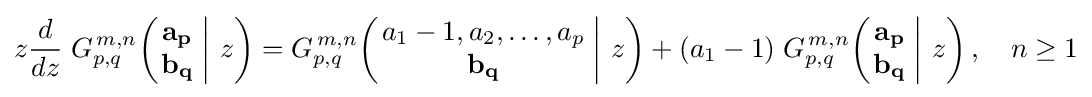
z{\frac {d}{dz}}\;G_{p,q}^{\,m,n}\!\left(\left.{\begin{matrix}\mathbf {a_{p}} \\\mathbf {b_{q}} \end{matrix}}\;\right|\,z\right)=G_{p,q}^{\,m,n}\!\left(\left.{\begin{matrix}a_{1}-1,a_{2},\dots ,a_{p}\\\mathbf {b_{q}} \end{matrix}}\;\right|\,z\right)+(a_{1}-1)\;G_{p,q}^{\,m,n}\!\left(\left.{\begin{matrix}\mathbf {a_{p}} \\\mathbf {b_{q}} \end{matrix}}\;\right|\,z\right),\quad n\geq 1